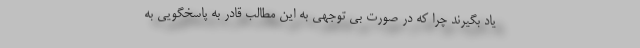
یاد بگیرند چرا که در صورت بی توجهی به این مطالب قادر به پاسخگویی به